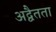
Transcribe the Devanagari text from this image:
अद्वैतता